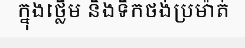
ក្នុងថ្លើម និងទឹកថង់ប្រម៉ាត់